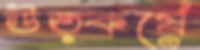
উত্কর্ষে